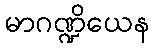
မာဂဏ္ဍိယေန